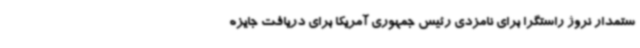
ستمدار نروژ راستگرا برای نامزدی رئیس جمهوری آمریکا برای دریافت جایزه